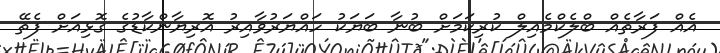
އެއް ފަރާތެއް ބްލެކްމެއިލް ކުރިކަމަށް ބުނާ ބަޔަކު ހައްޔަރުވާއިރު އޮރިޔާންކާޑުގެ ގޮޅިއަށް ފެތޭ